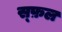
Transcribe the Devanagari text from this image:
स्फ़ल